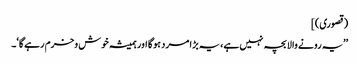
(قصوری)]
’’یہ رونے والا بچہ نہیں ہے، یہ بڑا مرد ہوگا اور ہمیشہ خوش وخرم رہےگا‘۔